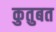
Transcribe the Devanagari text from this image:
कुतुबत